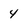
Character: 4